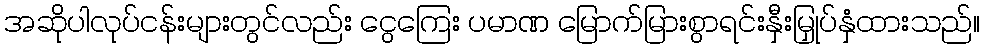
အဆိုပါလုပ်ငန်းများတွင်လည်း ငွေကြေး ပမာဏ မြောက်မြားစွာရင်းနှီးမြှုပ်နှံထားသည်။